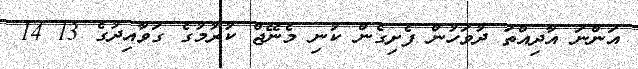
އަންނަ އާދިއްތަ ދުވަހުން ފެށިގެން ކުނި މެނޭޖް ކުރުމުގެ ގަވާއިދުގެ 13 14